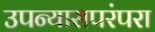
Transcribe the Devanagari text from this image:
उपन्यासपरंपरा